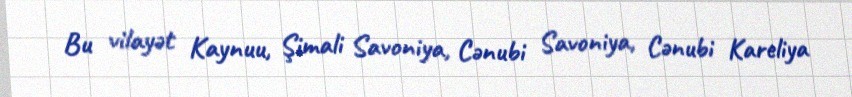
Bu vilayət Kaynuu, Şimali Savoniya, Cənubi Savoniya, Cənubi Kareliya